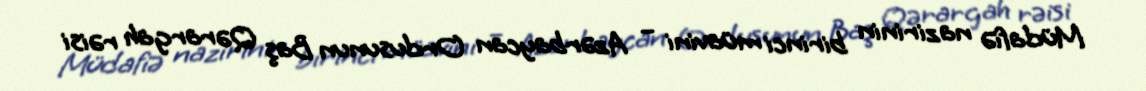
Müdafiə nazirinin birinci müavini – Azərbaycan Ordusunun Baş Qərargah rəisi